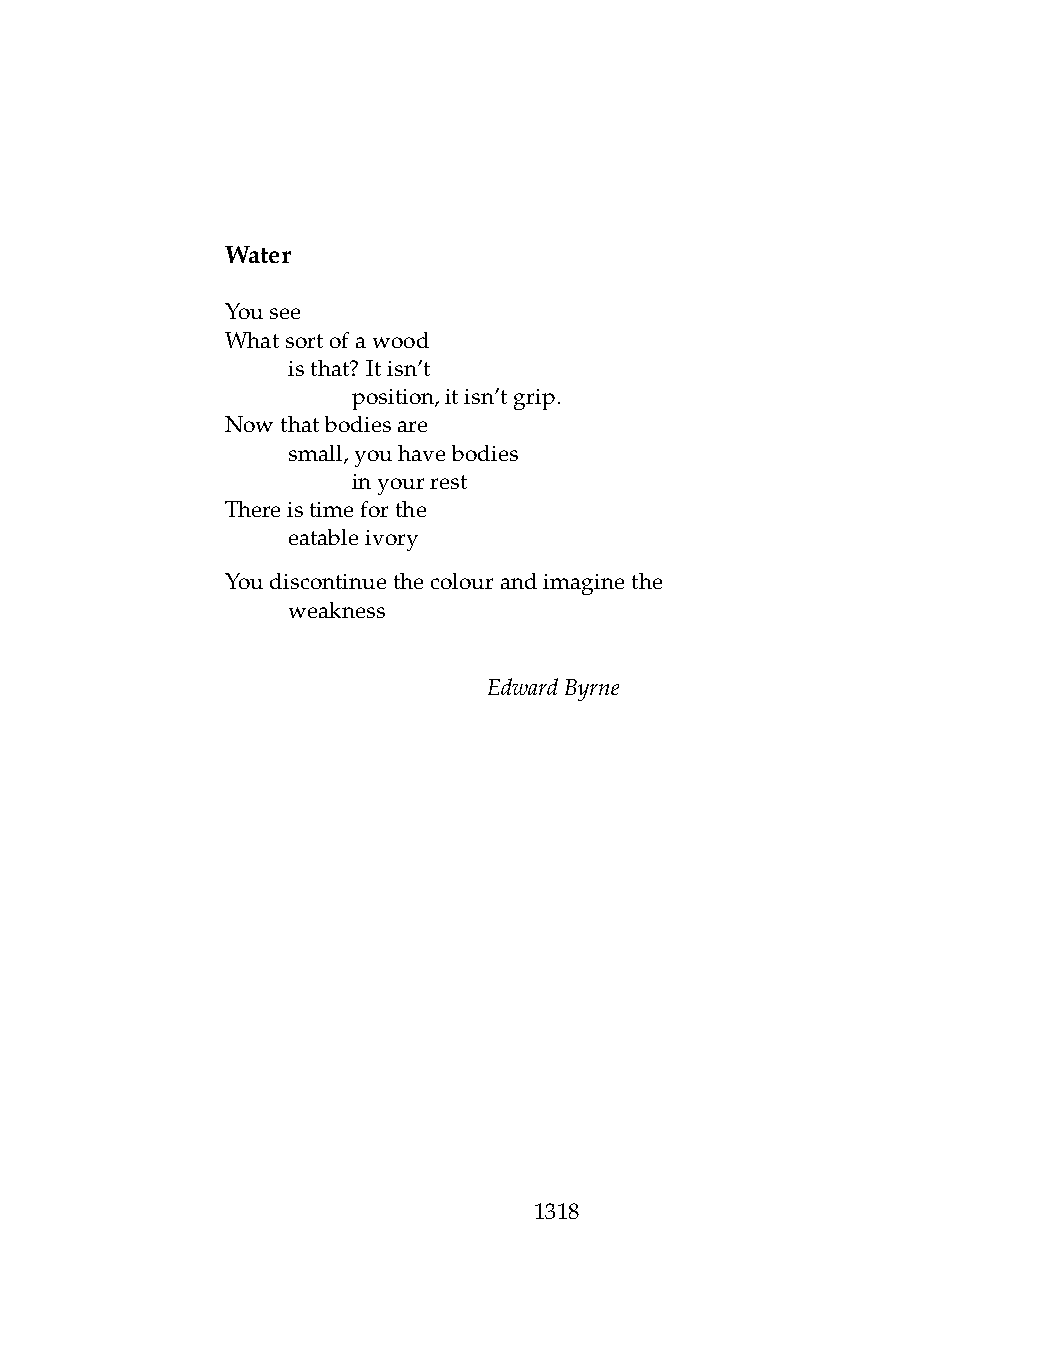
Water
 Yousee
 Whatsortofawood
 .   isthat? Itisn’t
 .   .   position,itisn’tgrip.
 Nowthatbodiesare
 .   small,youhavebodies
 .   .   inyourrest
 Thereistimeforthe
 .   eatableivory
 Youdiscontinuethecolourandimaginethe
 .   weakness
 EdwardByrne
 1318